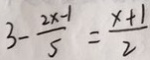
3 - \frac { 2 x - 1 } { 5 } = \frac { x + 1 } { 2 }